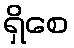
ရှိစေ